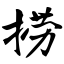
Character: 捞